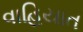
વાહિયાત